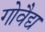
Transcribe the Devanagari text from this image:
गोवैद्य